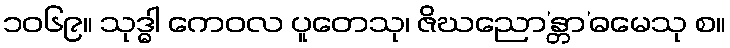
၁၀၆၉။ သုဒ္ဓါ ကေဝလ ပူတေသု၊ ဇိဃညော’န္တာ’ဓမေသု စ။